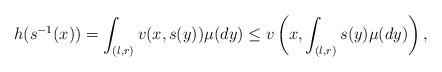
LaTeX: \begin{align*}h(s^{-1}(x))=\int_{(l,r)} v(x, s(y))\mu(dy)\leq v\left(x,\int_{(l,r)} s(y)\mu(dy)\right),\end{align*}